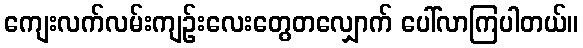
ကျေးလက်လမ်းကျဉ်းလေးတွေတလျှောက် ပေါ်လာကြပါတယ်။